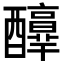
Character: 𨣶